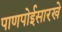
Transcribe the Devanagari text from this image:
पाणपोईसारखे